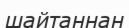
шайтаннан